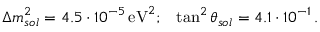
\Delta m _ { s o l } ^ { 2 } = 4 . 5 \cdot 1 0 ^ { - 5 } \, \mathrm { e V } ^ { 2 } ; \, ~ ~ \tan ^ { 2 } \theta _ { s o l } = 4 . 1 \cdot 1 0 ^ { - 1 } \, .